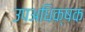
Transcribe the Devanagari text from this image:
उपअधिक्षक